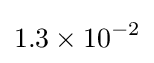
1.3\times 10^{-2}